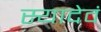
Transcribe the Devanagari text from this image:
स्यादेवं